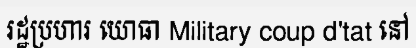
រដ្ឋប្រហារ យោធា Military coup d'tat នៅ